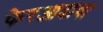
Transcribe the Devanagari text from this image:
फेरआढावा